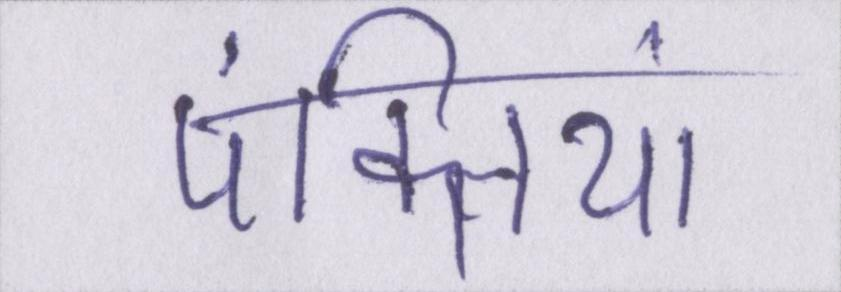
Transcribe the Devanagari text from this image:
पंक्तियां